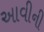
આવીની